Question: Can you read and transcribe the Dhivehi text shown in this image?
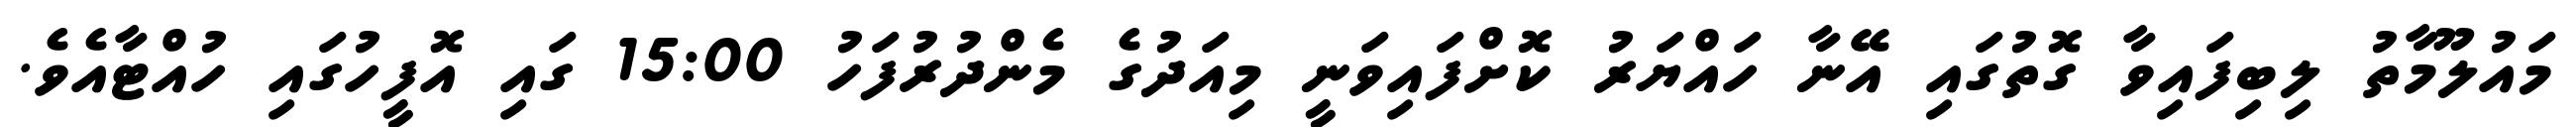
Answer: މައުލޫމާތު ލިބިފައިވާ ގޮތުގައި އޭނާ ހައްޔަރު ކޮށްފައިވަނީ މިއަދުގެ މެންދުރުފަހު 15:00 ގައި އޮފީހުގައި ހުއްޓާއެވެ.